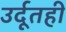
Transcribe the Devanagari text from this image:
उर्दूतही